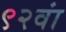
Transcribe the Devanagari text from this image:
९२वां